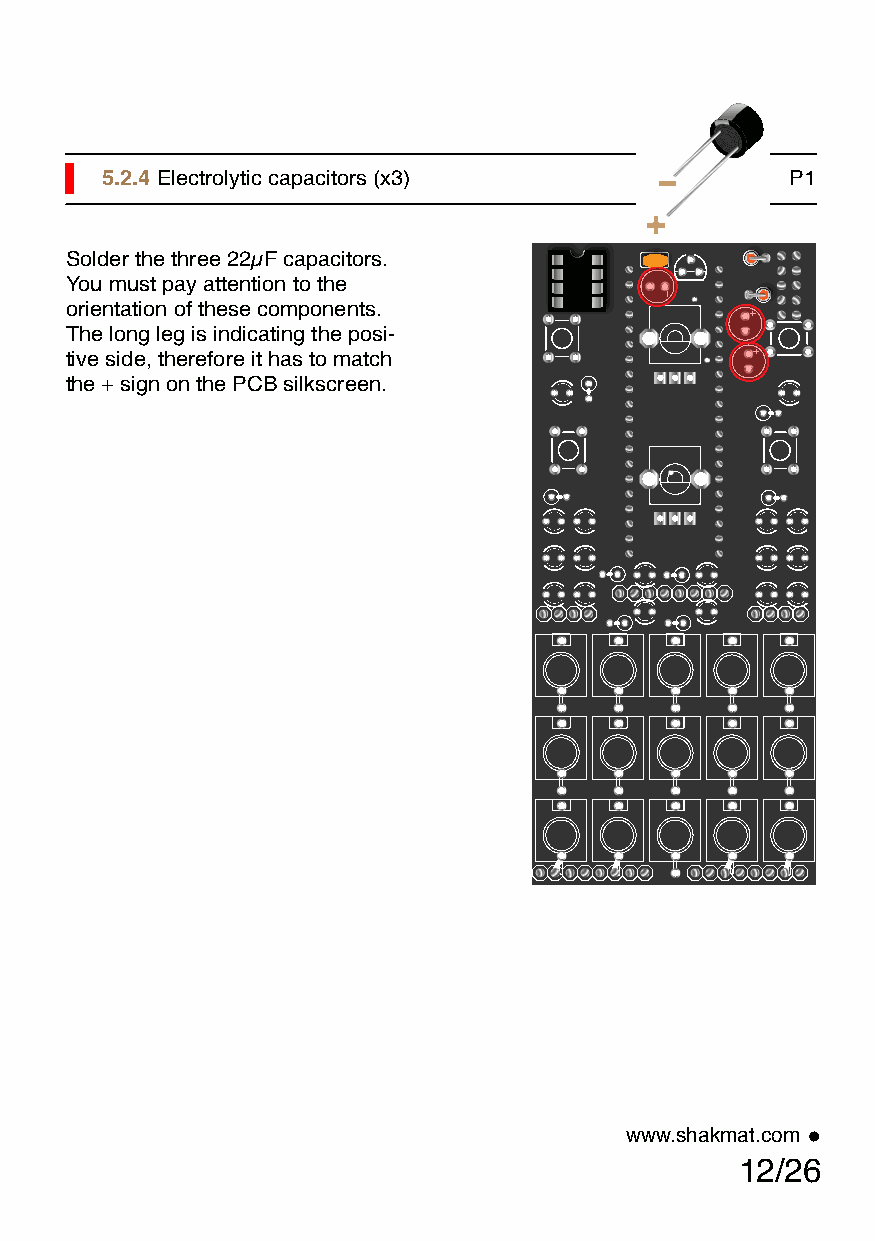
5.2.4 Electrolytic capacitors (x3)           P1
 Solder the three 22µF capacitors.
 You must pay attention to the
 orientation of these components.
 The long leg is indicating the posi-
 tive side, therefore it has to match
 the + sign on the PCB silkscreen.
 www.shakmat.com •
 12/26